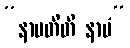
“နာမတီတိ နာမံ”